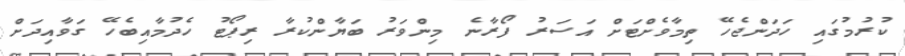
ކުރުމުގައި ހަދަންޖެހޭ ތިމާވެށްޓަށް އަސަރު ފޯރާނެ މިންވަރު ބަޔާންކުރާ ރިޕޯޓު ހެދުމާއިބެހޭ ގަވާއިދަށް